Report on vaccination North-West Frontier Province 1904-1922 - 1904-1922
Year: 1904
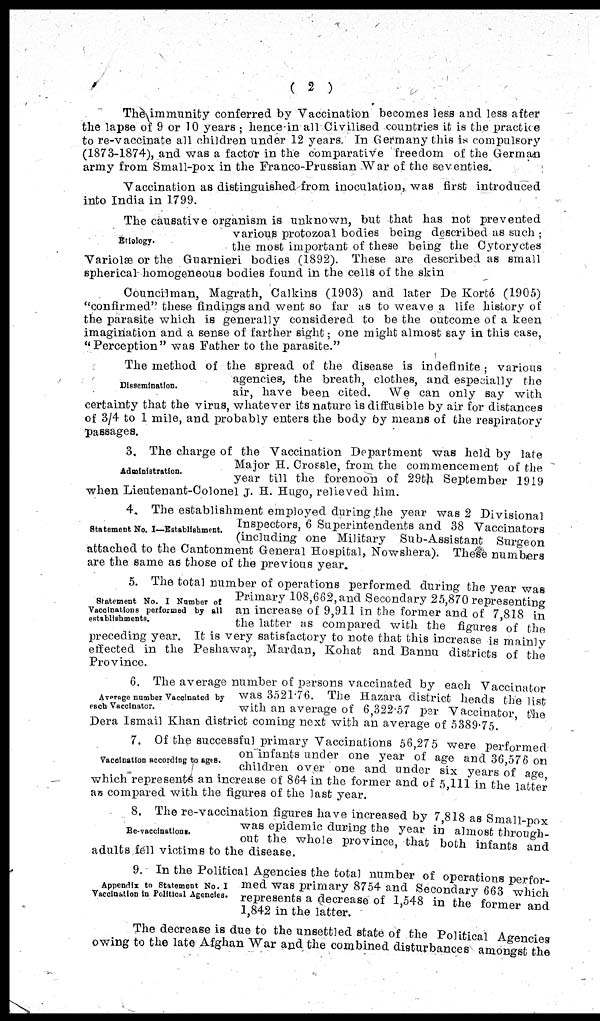
( 2 )
The immunity conferred by Vaccination becomes less and less after
the lapse of 9 or 10 years; hence in all Civilised countries it is the practice
to re-vaccinate all children under 12 years. In Germany this is compulsory
(1873-1874), and was a factor in the comparative freedom of the German
army from Small-pox in the Franco-Prussian War of the seventies.
Vaccination as distinguished from inoculation, was first introduced
into India in 1799.
Etiology.
The causative organism is unknown, but that has not prevented
various protozoal bodies being described as such;
the most important of these being the Cytoryctes
Variolæ or the Guarnieri bodies (1892). These are described as small
spherical homogeneous bodies found in the cells of the skin
Councilman, Magrath, Calkins (1903) and later De Korté (1905)
"confirmed" these findings and went so far as to weave a life history of
the parasite which is generally considered to be the outcome of a keen
imagination and a sense of farther sight; one might almost say in this case,
"Perception" was Father to the parasite."
Dissemination.
The method of the spread of the disease is indefinite; various
agencies, the breath, clothes, and especially the
air, have been cited. We can only say with
certainty that the virus, whatever its nature is diffusible by air for distances
of 3/4 to 1 mile, and probably enters the body by means of the respiratory
passages.
Administration.
3. The charge of the Vaccination Department was held by late
Major H. Crossle, from the commencement of the
year till the forenoon of 29th September 1919
when Lieutenant-Colonel J. H. Hugo, relieved him.
Statement No. I—Establishment.
4. The establishment employed during the year was 2 Divisional
Inspectors, 6 Superintendents and 38 Vaccinators
(including one Military Sub-Assistant Surgeon
attached to the Cantonment General Hospital, Nowshera). These numbers
are the same as those of the previous year.
Statement No. I Number of
Vaccinations performed by all
establishments.
5. The total number of operations performed during the year was
Primary 108,662,and Secondary 25,870 representing
an increase of 9,911 in the former and of 7,818 in
the latter as compared with the figures of the
preceding year. It is very satisfactory to note that this increase is mainly
effected in the Peshawar, Mardan, Kohat and Bannu districts of the
Province.
Average number Vaccinated by
each Vaccinator.
6. The average number of persons vaccinated by each Vaccinator
was 3521.76. The Hazara district heads the list
with an average of 6,322.57 per Vaccinator, the
Dera Ismail Khan district coming next with an average of 5389.75.
Vaccination according to ages.
7. Of the successful primary Vaccinations 56,275 were performed
on infants under one year of age and 36,576 on
children over one and under six years of age,
which represents an increase of 864 in the former and of 5,111 in the latter
as compared with the figures of the last year.
Re-vaccinations.
8. The re-vaccination figures have increased by 7,818 as Small-pox
was epidemic during the year in almost through¬
out the whole province, that both infants and
adults fell victims to the disease.
Appendix to Statement No. I
Vaccination in Political Agencies.
9. In the Political Agencies the total number of operations perfor-
med was primary 8754 and Secondary 663 which
represents a decrease of 1,5
1, 842 in the latter.
The decrease is due to the unsettled state of the Political Agencies
owing to the late Afghan War and the combined disturbances amongst the